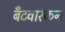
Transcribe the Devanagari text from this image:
बँटवारकन